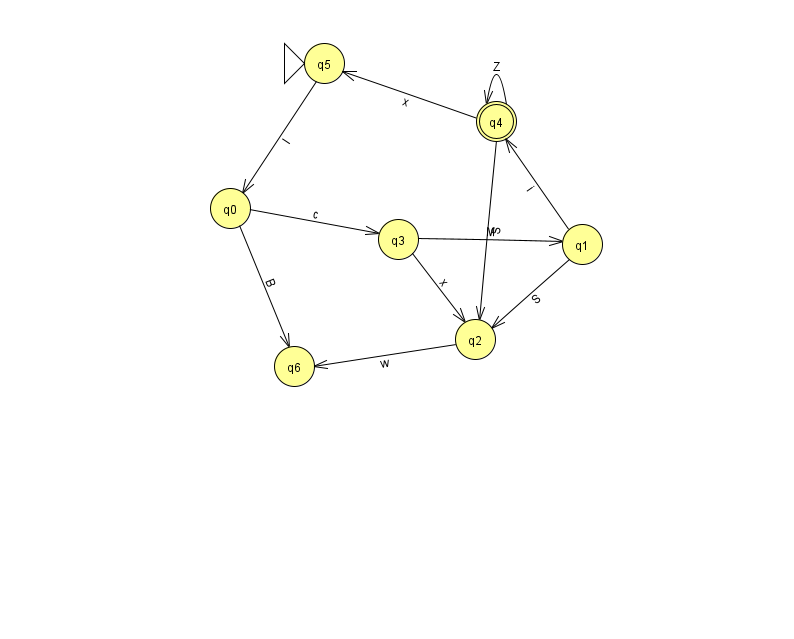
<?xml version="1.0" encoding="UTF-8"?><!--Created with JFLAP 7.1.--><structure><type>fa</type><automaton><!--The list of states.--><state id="0" name="q0"><x>230.0</x><y>195.0</y></state><state id="1" name="q1"><x>582.0</x><y>231.0</y></state><state id="2" name="q2"><x>475.0</x><y>326.0</y></state><state id="3" name="q3"><x>398.0</x><y>226.0</y></state><state id="4" name="q4"><x>496.0</x><y>108.0</y><final/></state><state id="5" name="q5"><x>324.0</x><y>50.0</y><initial/></state><state id="6" name="q6"><x>294.0</x><y>353.0</y></state><!--The list of transitions.--><transition><from>4</from><to>5</to><read>x</read></transition><transition><from>5</from><to>0</to><read>I</read></transition><transition><from>3</from><to>2</to><read>x</read></transition><transition><from>0</from><to>6</to><read>B</read></transition><transition><from>1</from><to>4</to><read>i</read></transition><transition><from>4</from><to>2</to><read>S</read></transition><transition><from>2</from><to>6</to><read>w</read></transition><transition><from>1</from><to>2</to><read>S</read></transition><transition><from>4</from><to>4</to><read>Z</read></transition><transition><from>0</from><to>3</to><read>c</read></transition><transition><from>3</from><to>1</to><read>M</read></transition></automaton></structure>